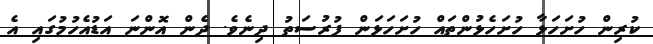
ކުރިން ހުށަހަޅާ ހުށަހެޅުންތައް ހުށަހަޅަން ފުރުސަތު ދިނެވެ. ދެން އޮންނަ އަޑުއެހުމުގައި އެ